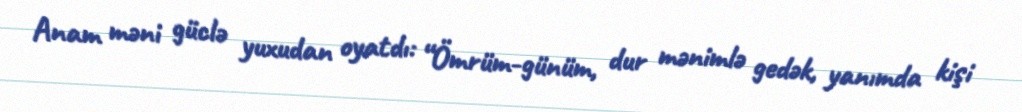
Anam məni güclə yuxudan oyatdı: “Ömrüm-günüm, dur mənimlə gedək, yanımda kişi